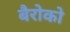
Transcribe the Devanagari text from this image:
बैरोको